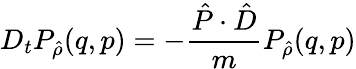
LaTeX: D_{t}P_{\hat{\rho}}(q,p)=-\frac{\hat{P}\cdot\hat{D}}{m}P_{\hat{\rho}}(q,p)